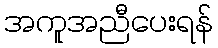
အကူအညီပေးရန်